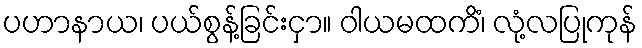
ပဟာနာယ၊ ပယ်စွန့်ခြင်းငှာ။ ဝါယမထကိံ၊ လုံ့လပြုကုန်